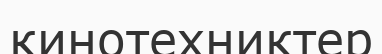
кинотехниктер